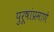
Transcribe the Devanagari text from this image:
पुरूषांप्रमाणे